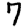
Digit: 7